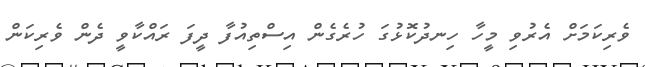
ވެރިކަމަށް އެރުވި މީހާ ހިނދުކޮޅުގަ ހުރެގެން އިސްތިއުފާ ދީފަ ރައްކާވީ ދެން ވެރިކަން